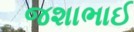
જશાભાઈ